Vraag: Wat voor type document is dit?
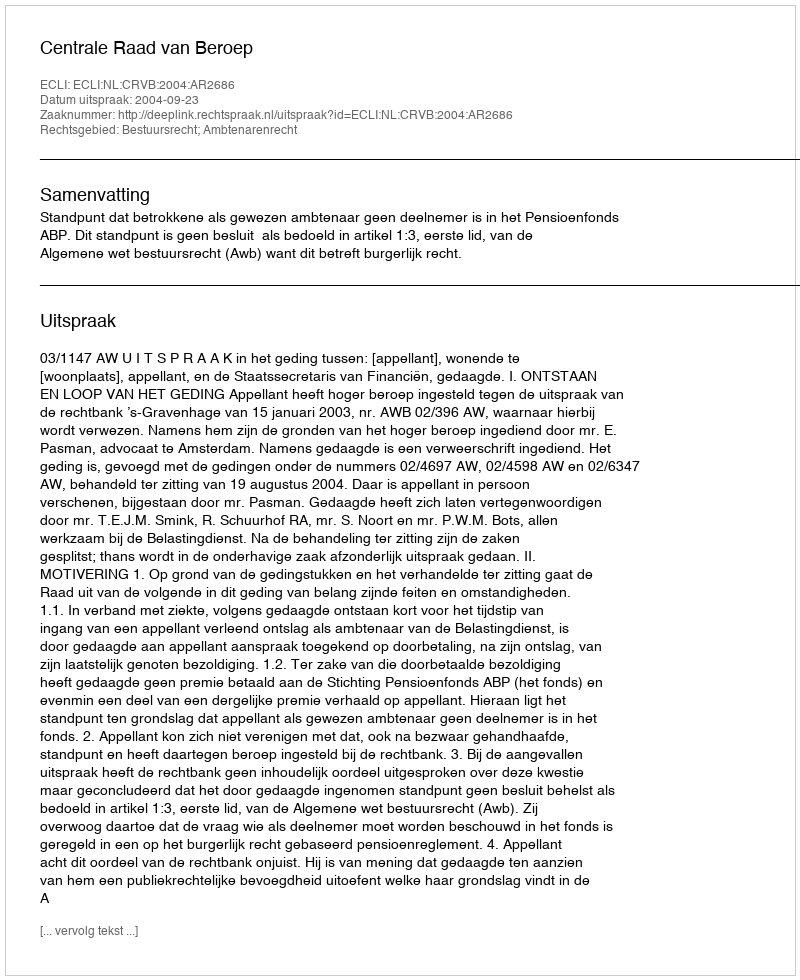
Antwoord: Uitspraak